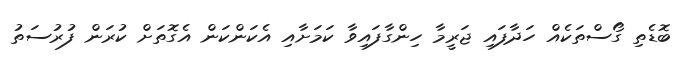
ބޮޑެތި ގޯސްތަކެއް ހަދާފައި ޖަރީމާ ހިންގާފައިވާ ކަމަށާއި އެކަންކަން އެގޮތަށް ކުރަން ފުރުސަތު